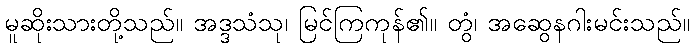
မူဆိုးသားတို့သည်။ အဒ္ဒသံသု၊ မြင်ကြကုန်၏။ တွံ၊ အဆွေနဂါးမင်းသည်။